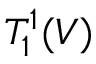
T _ { 1 } ^ { 1 } ( V )